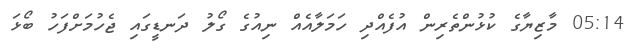
05:14 މާޒިޔާގެ ކުޅުންތެރިން އުފެއްދި ހަމަލާއެއް ނިއުގެ ގޯލު ދަނޑީގައި ޖެހުމަށްފަހު ބޯޅަ